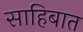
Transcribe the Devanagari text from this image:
साहिबात